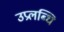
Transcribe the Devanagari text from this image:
उप्रलब्धि